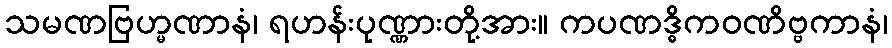
သမဏဗြဟ္မဏာနံ၊ ရဟန်းပုဏ္ဏားတို့အား။ ကပဏဒ္ဓိကဝဏိဗ္ဗကာနံ၊